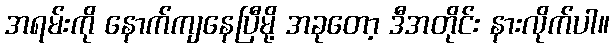
အရမ်းကို နောက်ကျနေပြီမို့ အခုတော့ ဒီအတိုင်း နားလိုက်ပါ။